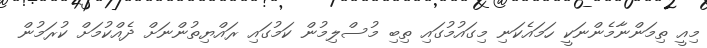
މިއީ ތިމަންނާމެންނަކީ ހަމައެކަނި މިގައުމުގައި ތިބި މުސްލިމުން ކަމުގައި ރައްޔިތުންނަށް ދެއްކުމަށް ކުރަމުން